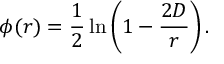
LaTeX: \phi ( r ) = { \frac { 1 } { 2 } } \ln \left( 1 - { \frac { 2 D } { r } } \right) .